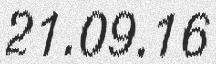
21.09.16